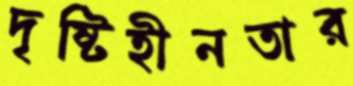
দৃষ্টিহীনতার